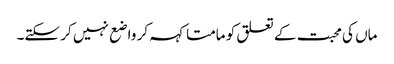
ماں کی محبت کے تعلق کو مامتا کہہ کر واضع نہیں کر سکتے۔